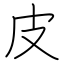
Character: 皮